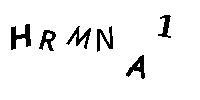
HRMNA1